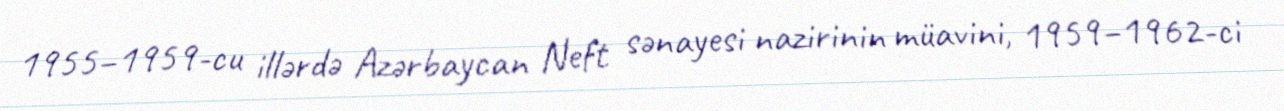
1955–1959-cu illərdə Azərbaycan Neft sənayesi nazirinin müavini, 1959–1962-ci